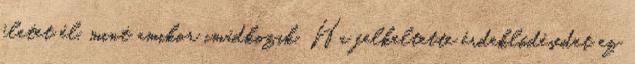
életet él, mint amikor imádkozik. Ha felkeltette érdeklődésedet ez